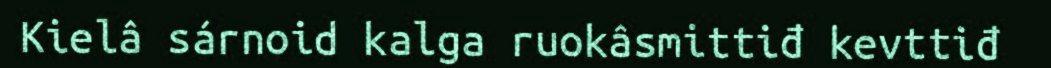
Kielâ sárnoid kalga ruokâsmittiđ kevttiđ